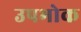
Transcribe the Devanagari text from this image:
उपभोक